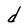
Character: d